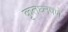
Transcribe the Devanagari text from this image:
कृतघ्नपणे